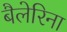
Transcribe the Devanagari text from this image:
बैलेरिना